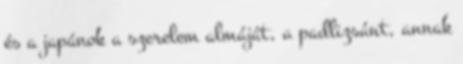
és a japánok a szerelem almáját, a padlizsánt, annak